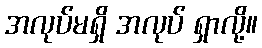
အလုပ်မရှိ အလုပ် ရှာလို့။